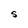
Character: S